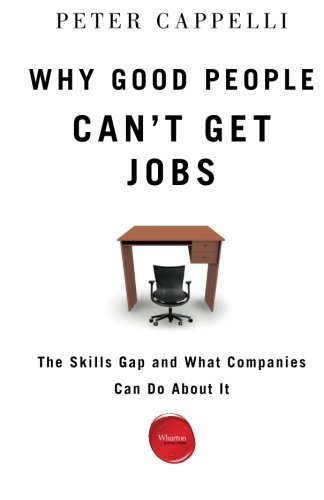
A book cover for Why Good People Can't Get Jobs: The Skills Gap and What Companies Can Do About It; Peter Cappelli; Business & Money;